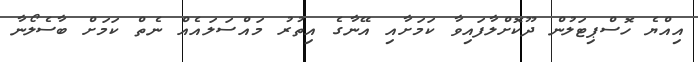
އިއްޔެ ހޮސްޕިޓަލުން ދޫކޮށްލާފައިވާ ކަމަށާއި އޭނާގެ އިތުރު މައްސަލައެއް ނެތް ކަމަށް ބާސެލޯނާ